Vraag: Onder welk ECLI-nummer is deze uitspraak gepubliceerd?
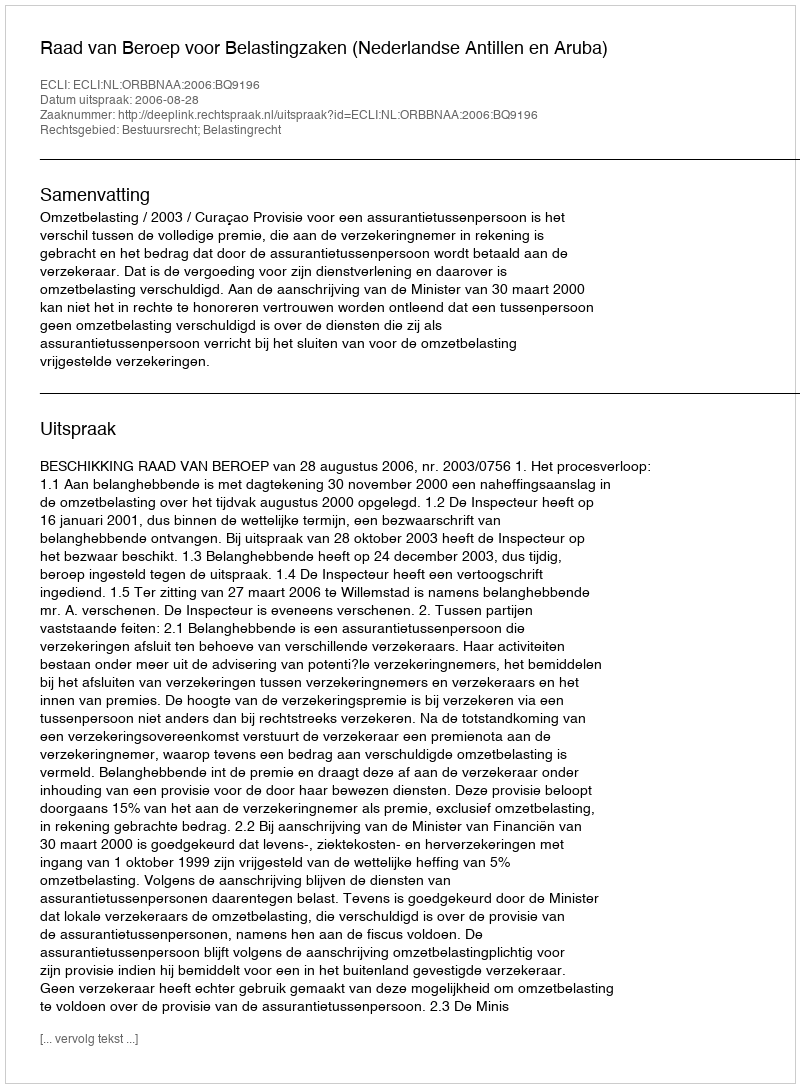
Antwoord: ECLI:NL:ORBBNAA:2006:BQ9196